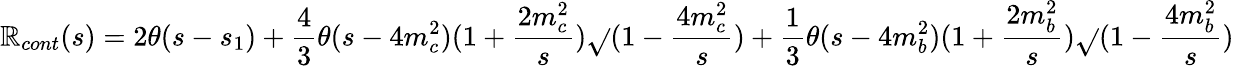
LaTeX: \mathbb{R}_{cont}(s)=2\theta(s-s_{1})+\frac{{4}}{{3}}\theta(s-4m_{c}^{2})(1+\frac{{2m_{c}^{2}}}{{s}})\sqrt{}{{(1-\frac{{4m_{c}^{2}}}{{s}})}}+\frac{{1}}{{3}}\theta(s-4m_{b}^{2})(1+\frac{{2m_{b}^{2}}}{{s}})\sqrt{}{{(1-\frac{{4m_{b}^{2}}}{{s}})}}